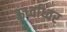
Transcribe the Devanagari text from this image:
ऊर्ध्वाध्वर